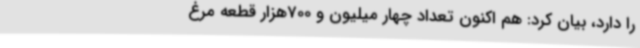
را دارد، بیان کرد: هم اکنون تعداد چهار میلیون و 700هزار قطعه مرغ